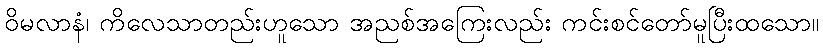
ဝိမလာနံ၊ ကိလေသာတည်းဟူသော အညစ်အကြေးလည်း ကင်းစင်တော်မူပြီးထသော။